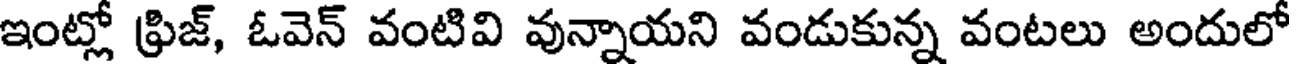
ఇంట్లో ఫ్రిజ్, ఓవెన్ వంటివి వున్నాయని వండుకున్న వంటలు అందులో